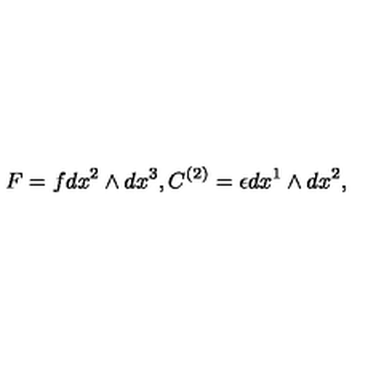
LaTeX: F = f d x ^ { 2 } \wedge d x ^ { 3 } , C ^ { \left( 2 \right) } = \epsilon d x ^ { 1 } \wedge d x ^ { 2 } ,